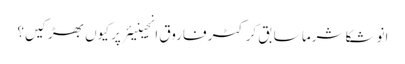
انوشکا شرما سابق کرکٹر فاروق انجینیئر پر کیوں بھڑکیں؟